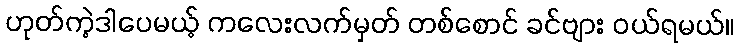
ဟုတ်ကဲ့ဒါပေမယ့် ကလေးလက်မှတ် တစ်စောင် ခင်ဗျား ဝယ်ရမယ်။